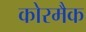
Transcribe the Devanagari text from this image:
कोरमैक